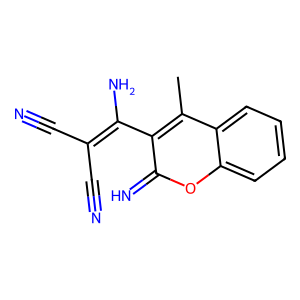
SMILES: Cc1c(C(N)=C(C#N)C#N)c(=N)oc2ccccc12
Inhibits HIV replication: No